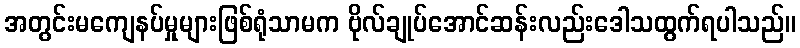
အတွင်းမကျေနပ်မှုများဖြစ်ရုံသာမက ဗိုလ်ချုပ်အောင်ဆန်းလည်းဒေါသထွက်ရပါသည်။